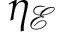
\eta _ { \mathcal { E } }